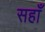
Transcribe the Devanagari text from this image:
सहाँ